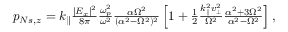
\begin{array} { r } { p _ { N s , z } = k _ { \parallel } \frac { | E _ { x } | ^ { 2 } } { 8 \pi } \frac { \omega _ { p } ^ { 2 } } { \omega ^ { 2 } } \frac { \alpha \Omega ^ { 2 } } { ( \alpha ^ { 2 } - \Omega ^ { 2 } ) ^ { 2 } } \left[ 1 + \frac { 1 } { 2 } \frac { k _ { \parallel } ^ { 2 } v _ { \perp } ^ { 2 } } { \Omega ^ { 2 } } \frac { \alpha ^ { 2 } + 3 \Omega ^ { 2 } } { \alpha ^ { 2 } - \Omega ^ { 2 } } \right] , } \end{array}